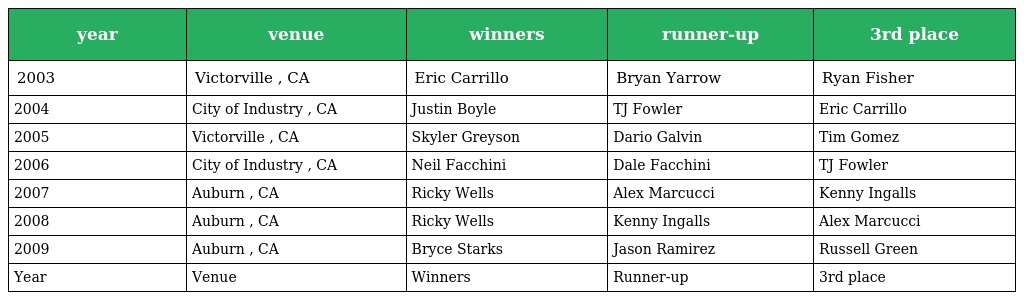
| year | venue | winners | runner-up | 3rd place |
 | --- | --- | --- | --- | --- |
 | 2003 | Victorville , CA | Eric Carrillo | Bryan Yarrow | Ryan Fisher |
 | 2004 | City of Industry , CA | Justin Boyle | TJ Fowler | Eric Carrillo |
 | 2005 | Victorville , CA | Skyler Greyson | Dario Galvin | Tim Gomez |
 | 2006 | City of Industry , CA | Neil Facchini | Dale Facchini | TJ Fowler |
 | 2007 | Auburn , CA | Ricky Wells | Alex Marcucci | Kenny Ingalls |
 | 2008 | Auburn , CA | Ricky Wells | Kenny Ingalls | Alex Marcucci |
 | 2009 | Auburn , CA | Bryce Starks | Jason Ramirez | Russell Green |
 | Year | Venue | Winners | Runner-up | 3rd place |